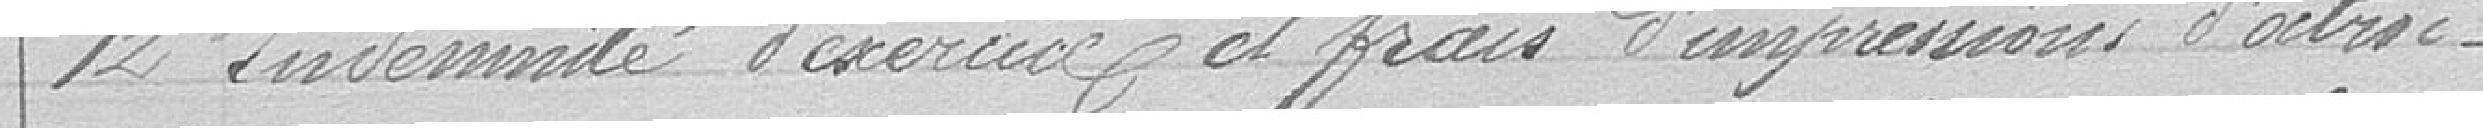
12 Indemnité d'exercices et frais d'impression d'octroi